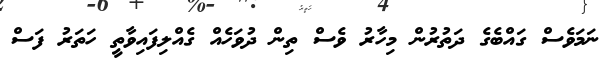
ނަމަވެސް ގައްބެގެ ދަތުރުން މިހާރު ވެސް ތިން ދުވަހެއް ގެއްލިފައިވާތީ ހަތަރު ފަސް